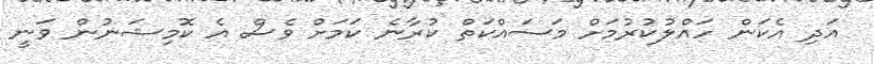
އަދި އެކަން ހައްލުކުރުމަށް މަސައްކަތް ކުރާނެ ކަމަށް ވެސް އެ ކޮމިޝަނުން ވަނީ